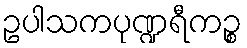
ဥပါသကပုဏ္ဍရီကဉ္စ